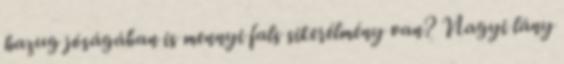
hazug jóságában is mennyi fals sikerélmény van? Nagyi lány